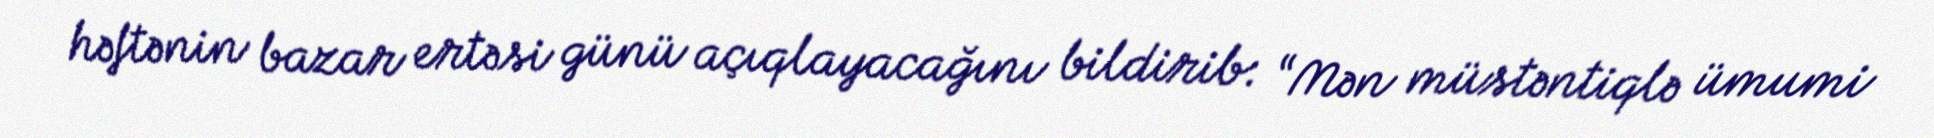
həftənin bazar ertəsi günü açıqlayacağını bildirib: “Mən müstəntiqlə ümumi